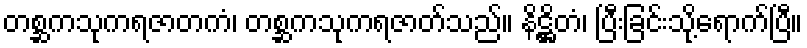
တစ္ဆကသုကရဇာတကံ၊ တစ္ဆကသုကရဇာတ်သည်။ နိဋ္ဌိတံ၊ ပြီးခြင်းသို့ရောက်ပြီ။